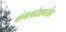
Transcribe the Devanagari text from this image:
बांगलादेशपर्यंत